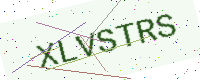
Text: XLVSTRS